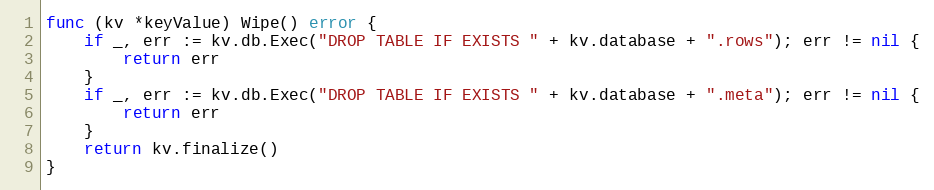
Language: Go
func (kv *keyValue) Wipe() error {
	if _, err := kv.db.Exec("DROP TABLE IF EXISTS " + kv.database + ".rows"); err != nil {
		return err
	}
	if _, err := kv.db.Exec("DROP TABLE IF EXISTS " + kv.database + ".meta"); err != nil {
		return err
	}
	return kv.finalize()
}